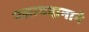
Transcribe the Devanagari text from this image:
पसायदानाने